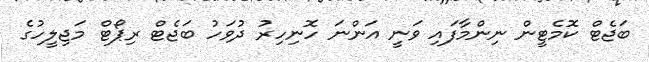
ބަޖެޓް ކޮމެޓީން ނިންމާފައި ވަނީ އަންނަ ހޮނިހިރު ދުވަހު ބަޖެޓް ރިޕޯޓް މަޖިލީހުގެ